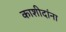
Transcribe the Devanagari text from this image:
काशीदांना